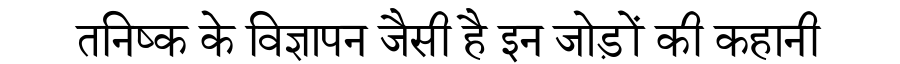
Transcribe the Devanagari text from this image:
तनिष्क के विज्ञापन जैसी है इन जोड़ों की कहानी